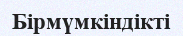
Бірмүмкіндікті